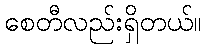
စေတီလည်းရှိတယ်။